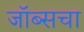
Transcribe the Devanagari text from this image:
जॉब्सचा